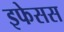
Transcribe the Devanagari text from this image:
इफेसस